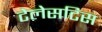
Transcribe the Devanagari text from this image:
टेलेसटिस